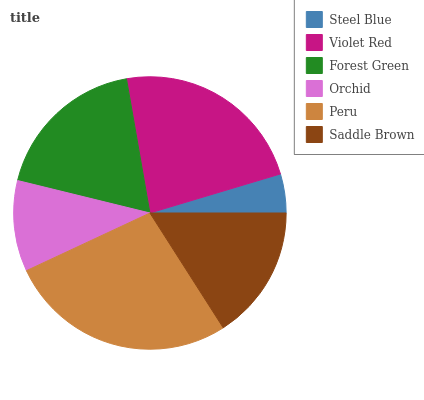
| Steel Blue | Violet Red | Forest Green | Orchid | Peru | Saddle Brown |
 | --- | --- | --- | --- | --- | --- |
 | 4.62% | 23.1% | 18.5% | 10.8% | 27.1% | 15.9% |